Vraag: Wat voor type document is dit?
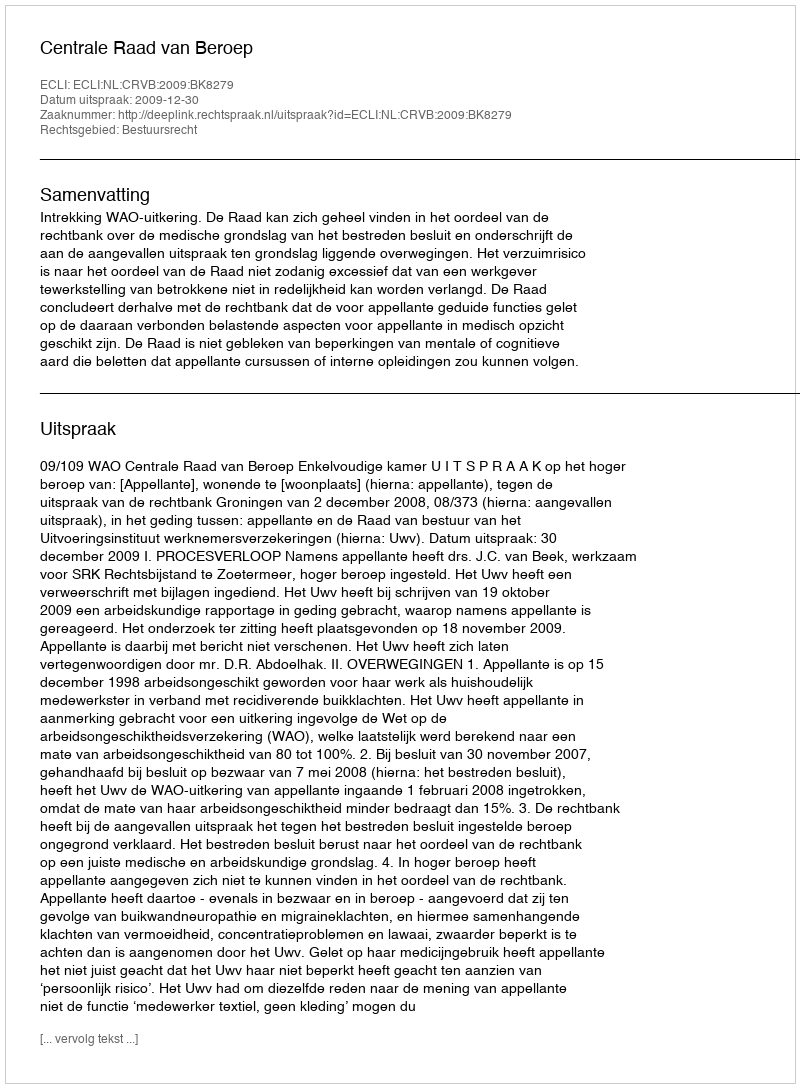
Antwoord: Uitspraak